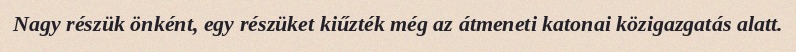
Nagy részük önként, egy részüket kiűzték még az átmeneti katonai közigazgatás alatt.